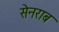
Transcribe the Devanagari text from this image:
सेनराब